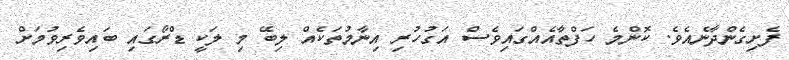
ފެށިގެންދާނެއެވެ. ކޮންމެ ހަފްތާއެއްގައިވެސް އަގުހުރި އިނާމުތަކެއް ލިބޭ މި ލަކީ ޑްރޯގައި ބައިވެރިވުމަށް